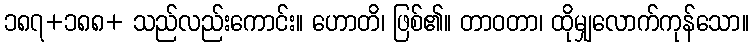
၁၈၇+၁၈၈+ သည်လည်းကောင်း။ ဟောတိ၊ ဖြစ်၏။ တာဝတာ၊ ထိုမျှလောက်ကုန်သော။